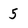
Character: 5